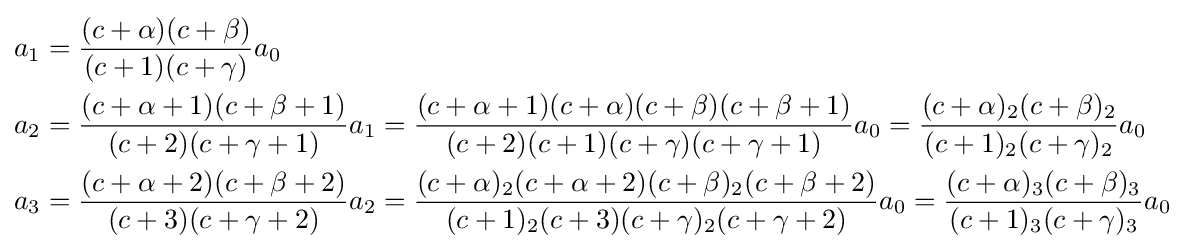
{\begin{aligned}a_{1}&={\frac {(c+\alpha )(c+\beta )}{(c+1)(c+\gamma )}}a_{0}\\a_{2}&={\frac {(c+\alpha +1)(c+\beta +1)}{(c+2)(c+\gamma +1)}}a_{1}={\frac {(c+\alpha +1)(c+\alpha )(c+\beta )(c+\beta +1)}{(c+2)(c+1)(c+\gamma )(c+\gamma +1)}}a_{0}={\frac {(c+\alpha )_{2}(c+\beta )_{2}}{(c+1)_{2}(c+\gamma )_{2}}}a_{0}\\a_{3}&={\frac {(c+\alpha +2)(c+\beta +2)}{(c+3)(c+\gamma +2)}}a_{2}={\frac {(c+\alpha )_{2}(c+\alpha +2)(c+\beta )_{2}(c+\beta +2)}{(c+1)_{2}(c+3)(c+\gamma )_{2}(c+\gamma +2)}}a_{0}={\frac {(c+\alpha )_{3}(c+\beta )_{3}}{(c+1)_{3}(c+\gamma )_{3}}}a_{0}\end{aligned}}